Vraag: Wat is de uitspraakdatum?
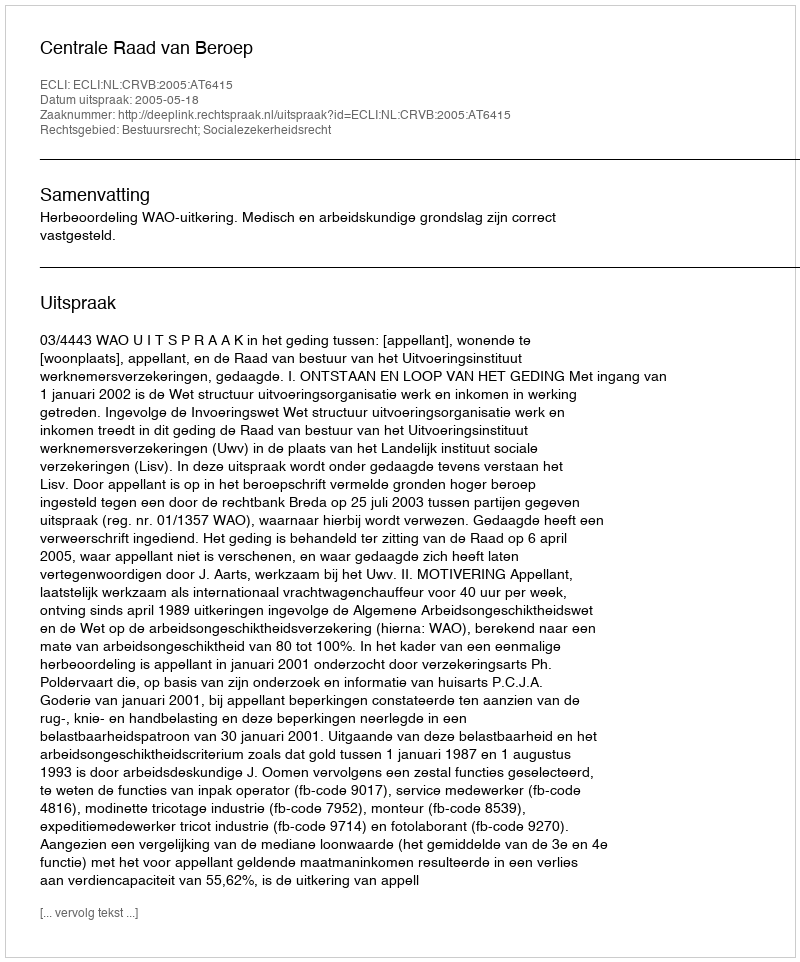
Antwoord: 2005-05-18